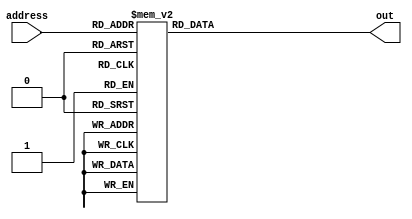
module demux4to12(input  [3:0]  address,
						output [11:0] out);
						
	reg [11:0] paths;
	
	always @ (*)
		case (address)
			4'b0001: paths = 12'b100000000000;
			4'b0010: paths = 12'b010000000000;
			4'b0011: paths = 12'b001000000000;
			4'b0100: paths = 12'b000100000000;
			4'b0101: paths = 12'b000010000000;
			4'b0110: paths = 12'b000001000000;
			4'b0111: paths = 12'b000000100000;
			4'b1000: paths = 12'b000000010000;
			4'b1001: paths = 12'b000000001000;
			4'b1010: paths = 12'b000000000100;
			4'b1011: paths = 12'b000000000010;
			4'b1100: paths = 12'b000000000001;
			default: paths = 12'b000000000000;
		endcase
	
	assign out = paths;
endmodule